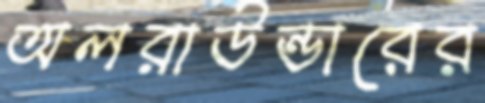
অলরাউন্ডারের